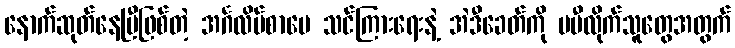
နောက်ဆုတ်နေပြီဖြစ်တဲ့ အင်္ဂလိပ်စာပေ သင်ကြားရေးနဲ့ အဲဒီခေတ်ကို မမီလိုက်သူတွေအတွက်